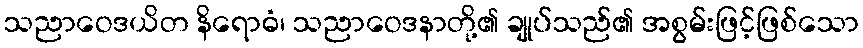
သညာဝေဒယိတ နိရောဓံ၊ သညာဝေဒနာတို့၏ ချုပ်သည်၏ အစွမ်းဖြင့်ဖြစ်သော